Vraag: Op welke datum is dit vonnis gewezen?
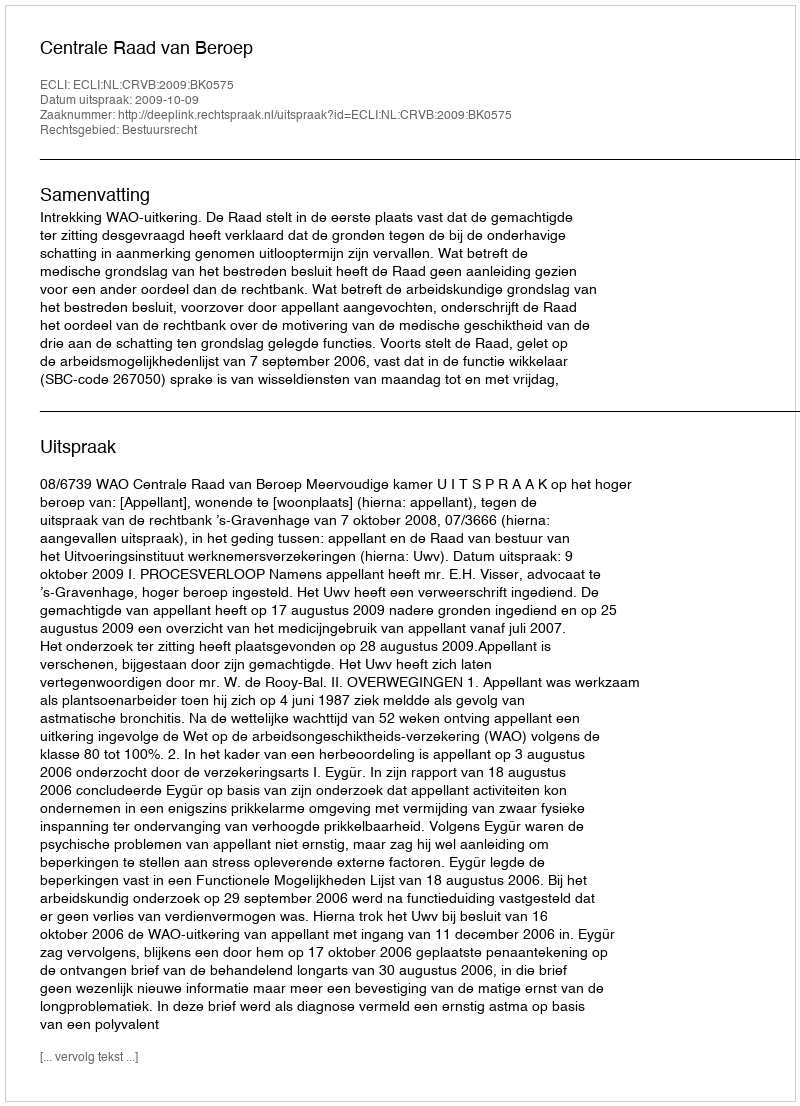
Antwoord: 2009-10-09